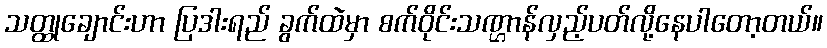
သတ္ထုချောင်းဟာ ပြဒါးရည် ခွက်ထဲမှာ စက်ဝိုင်းသဏ္ဌာန်လှည့်ပတ်လို့နေပါတော့တယ်။